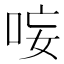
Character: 𭇭